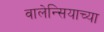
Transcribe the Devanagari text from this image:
वालेन्सियाच्या